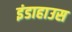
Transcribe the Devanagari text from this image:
इंडाहाउस